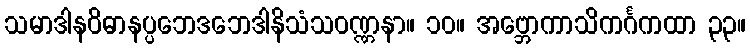
သမာဒါနဝိဓာနပ္ပဘေဒဘေဒါနိသံသဝဏ္ဏနာ။ ၁၀။ အဗ္ဘောကာသိကင်္ဂကထာ ၃၃။